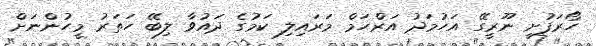
ހޯރަފުށީ ނޫރީގޭ އަހުމަދު އަރްހަމް މަރައިލި ކަމުގެ ދައުވާ ލިބޭ ހަތަރު މީހުންނަށް